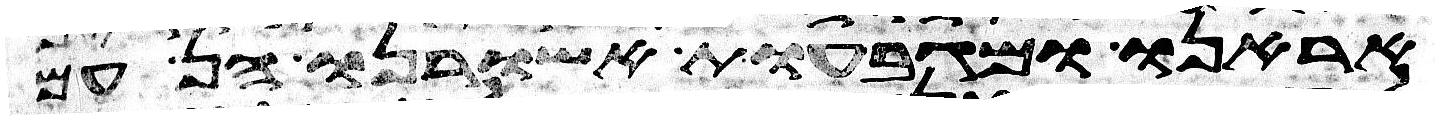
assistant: אראנו ומגבעות אשורנו הן עם